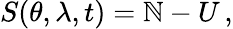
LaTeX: S(\theta,\lambda,t)=\mathbb{N}-U\, ,